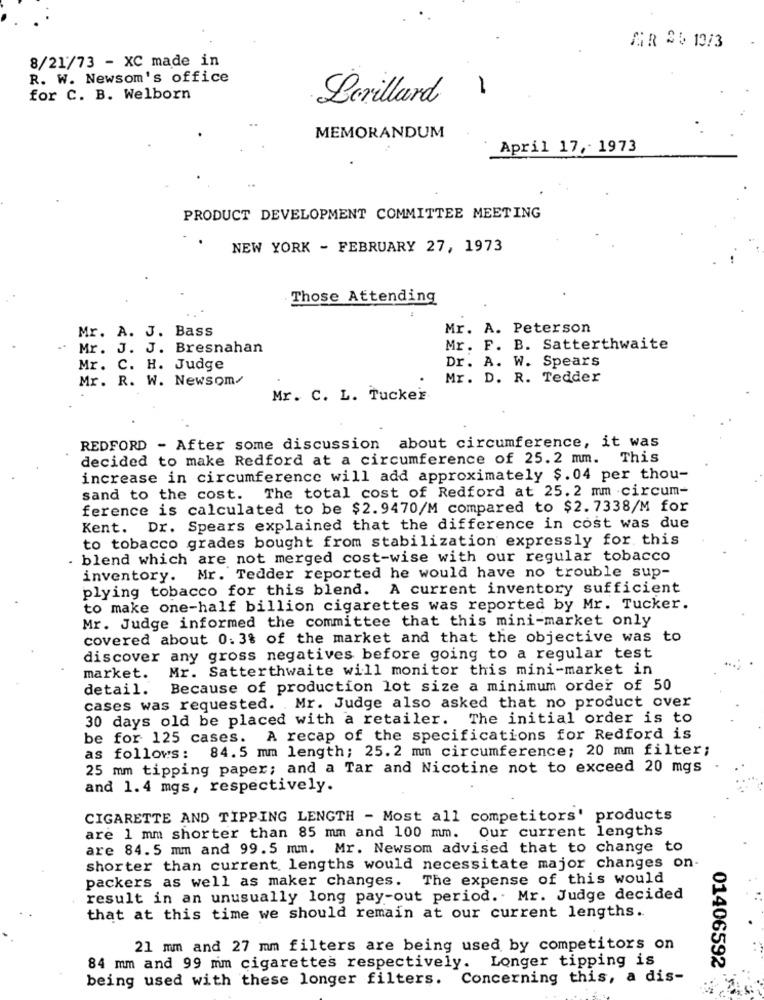
SR 25 13/3
8/21/73 - XC made in
R. W. Newsom's office
1
for C. B. Welborn
Levillard
MEMORANDUM
April 17, - 1973
PRODUCT DEVELOPMENT COMMITTEE MEETING
NEW YORK - FEBRUARY 27, 1973
Those Attending
Mr. A. J. Bass
Mr. A. Peterson
" Mr. J. J. Bresnahan
Mr. F. B. Satterthwaite
Dr. A. W. Spears
Mr. C. H. Judge
Mr. R. W. Newsom/
Mr. D. R. Tedder
Mr. C. L. Tucker
REDFORD - After some discussion about circumference, it was
decided to make Redford at a circumference of 25.2 mm. This
increase in circumference will add approximately $.04 per thou-
sand to the cost. The total cost of Redford at 25. 2 mm circum-
ference is calculated to be $2.9470/M compared to $2.7338/M for
Kent. Dr. Spears explained that the difference in cost was due
to tobacco grades bought from stabilization expressly for. this
blend which are not merged cost-wise with our regular tobacco
inventory. Mr. Tedder reported he would have no trouble sup-
plying tobacco for this blend. A current inventory sufficient
to make one-half billion cigarettes was reported by Mr. Tucker.
Mr. Judge informed the committee that this mini-market only
covered about 0. 3% of the market and that the objective was
to
discover any gross negatives before going to a regular test
Mr. Satterthwaite will monitor this mini-market in
market.
detail.
Because of production lot size a minimum order of 50
cases was requested. Mr. Judge also asked that no product over
30 days old be placed with a retailer. The initial order is to
be for 125 cases.
A recap of the specifications for Redford is
as follows: 84.5 mm length; 25.2 mm circumference; 20 mm filter;
25 mm tipping paper; and a Tar and Nicotine not to exceed 20 mgs
and 1.4 mgs, respectively.
CIGARETTE AND TIPPING LENGTH - Most all competitors' products
are 1 mm shorter than 85 mm and 100 mm. Our current lengths
are 84. 5 mm and 99.5 mm. Mr. Newsom advised that to change to
shorter than current lengths would necessitate major changes on-
packers as well as maker changes. The expense of this would
result in an unusually long pay-out period. Mr. Judge decided
that at this time we should remain at our current lengths.
21 mm and 27 mm filters are being used by competitors on
Longer tipping is
84 mm and 99 mm cigarettes respectively.
01406592
being used with these longer filters.
Concerning this, a dis-